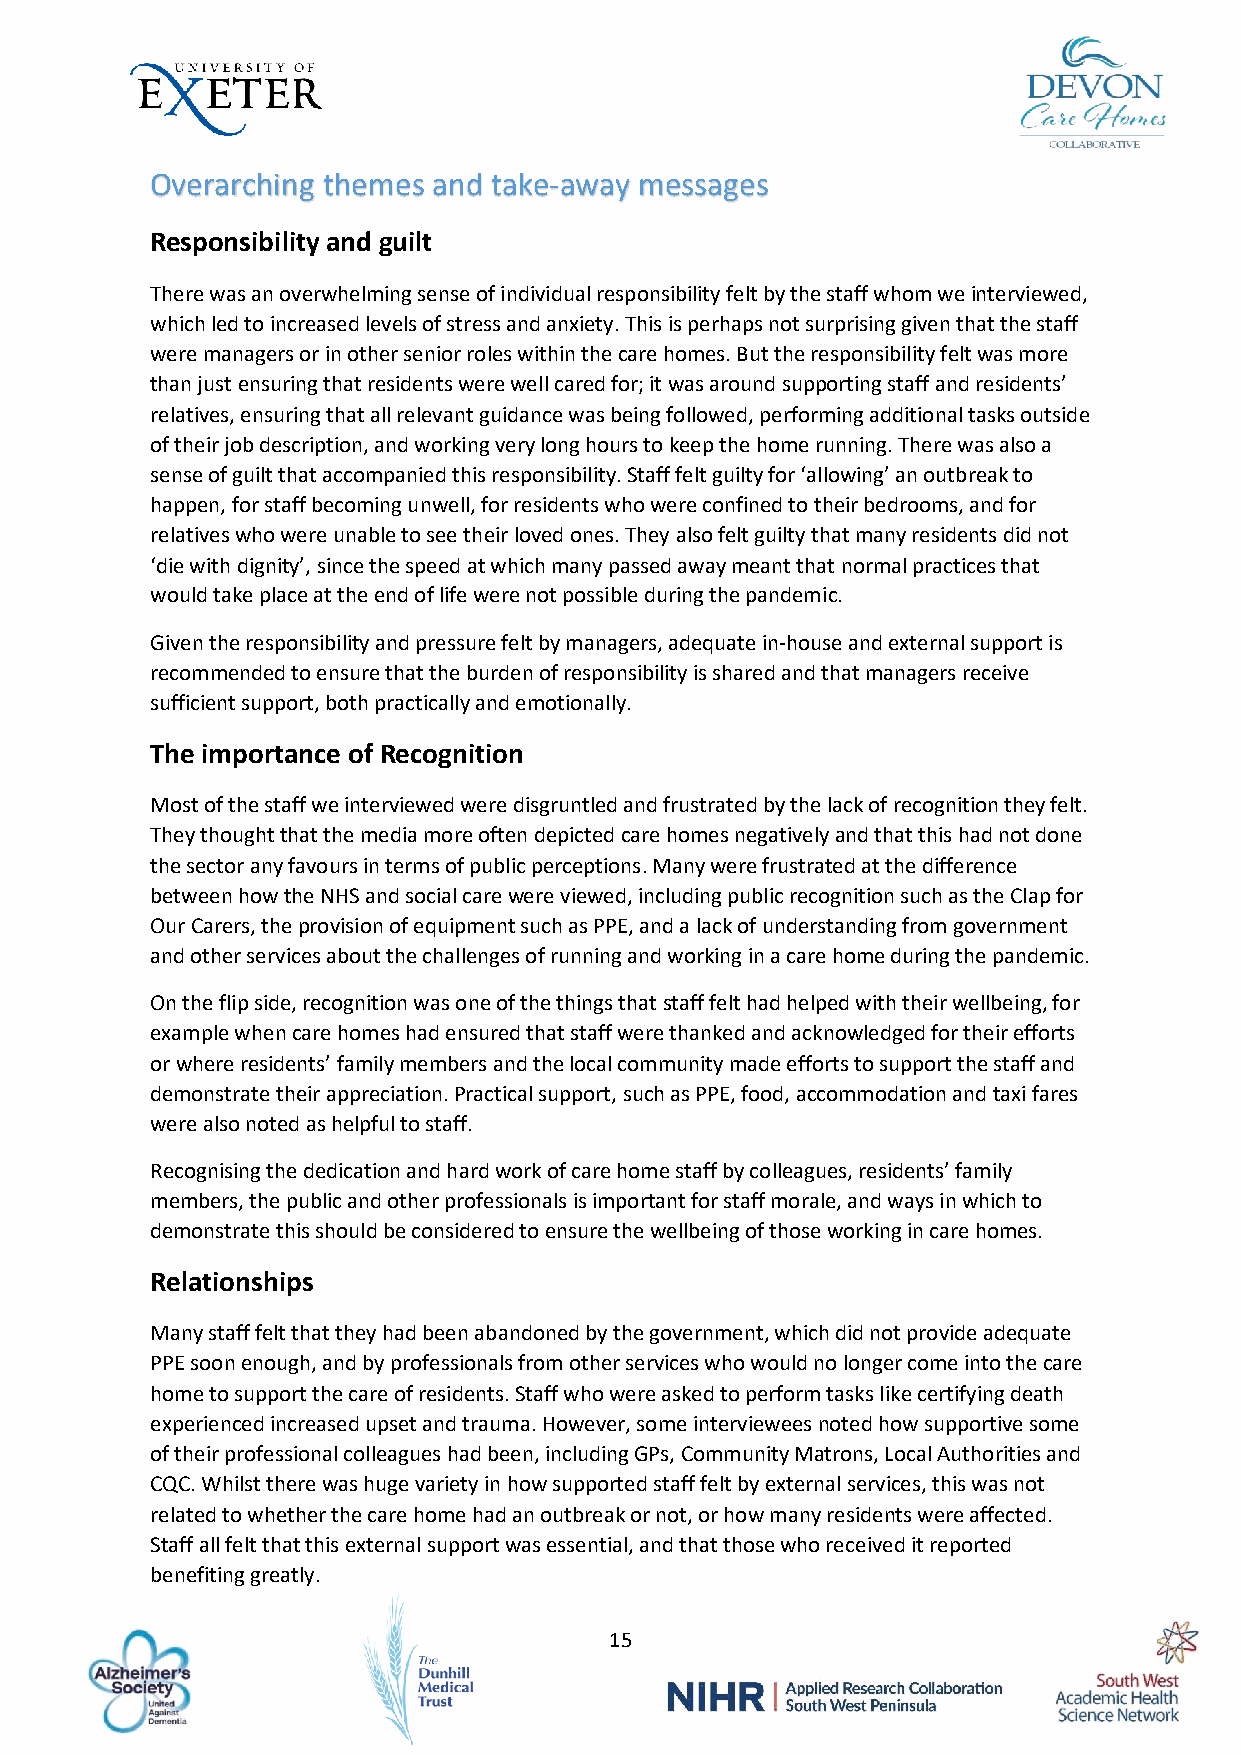
Overarching themes and take-away messages
 Responsibility and guilt
 There was an overwhelming sense of individual responsibility felt by the staff whom we interviewed,
 which led to increased levels of stress and anxiety. This is perhaps not surprising given that the staff
 were managers or in other senior roles within the care homes. But the responsibility felt was more
 than just ensuring that residents were well cared for; it was around supporting staff and residents’
 relatives, ensuring that all relevant guidance was being followed, performing additional tasks outside
 of their job description, and working very long hours to keep the home running. There was also a
 sense of guilt that accompanied this responsibility. Staff felt guilty for ‘allowing’ an outbreak to
 happen, for staff becoming unwell, for residents who were confined to their bedrooms, and for
 relatives who were unable to see their loved ones. They also felt guilty that many residents did not
 ‘die with dignity’, since the speed at which many passed away meant that normal practices that
 would take place at the end of life were not possible during the pandemic.
 Given the responsibility and pressure felt by managers, adequate in-house and external support is
 recommended to ensure that the burden of responsibility is shared and that managers receive
 sufficient support, both practically and emotionally.
 The importance of Recognition
 Most of the staff we interviewed were disgruntled and frustrated by the lack of recognition they felt.
 They thought that the media more often depicted care homes negatively and that this had not done
 the sector any favours in terms of public perceptions. Many were frustrated at the difference
 between how the NHS and social care were viewed, including public recognition such as the Clap for
 Our Carers, the provision of equipment such as PPE, and a lack of understanding from government
 and other services about the challenges of running and working in a care home during the pandemic.
 On the flip side, recognition was one of the things that staff felt had helped with their wellbeing, for
 example when care homes had ensured that staff were thanked and acknowledged for their efforts
 or where residents’ family members and the local community made efforts to support the staff and
 demonstrate their appreciation. Practical support, such as PPE, food, accommodation and taxi fares
 were also noted as helpful to staff.
 Recognising the dedication and hard work of care home staff by colleagues, residents’ family
 members, the public and other professionals is important for staff morale, and ways in which to
 demonstrate this should be considered to ensure the wellbeing of those working in care homes.
 Relationships
 Many staff felt that they had been abandoned by the government, which did not provide adequate
 PPE soon enough, and by professionals from other services who would no longer come into the care
 home to support the care of residents. Staff who were asked to perform tasks like certifying death
 experienced increased upset and trauma. However, some interviewees noted how supportive some
 of their professional colleagues had been, including GPs, Community Matrons, Local Authorities and
 CQC. Whilst there was huge variety in how supported staff felt by external services, this was not
 related to whether the care home had an outbreak or not, or how many residents were affected.
 Staff all felt that this external support was essential, and that those who received it reported
 benefiting greatly.
 15